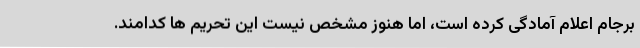
برجام اعلام آمادگی کرده است، اما هنوز مشخص نیست این تحریم ها کدامند.